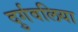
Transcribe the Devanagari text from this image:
दुर्गवलिया